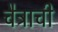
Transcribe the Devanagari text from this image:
चैत्राची